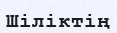
Шіліктің